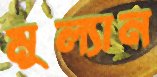
মুল্যান